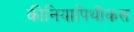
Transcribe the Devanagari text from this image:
कीनियापिथीकस